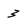
Character: 3